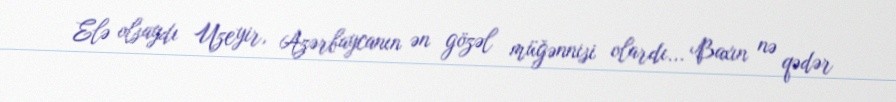
Elə olsaydı Uzeyir, Azərbaycanın ən gözəl müğənnisi olardı... Baxın nə qədər